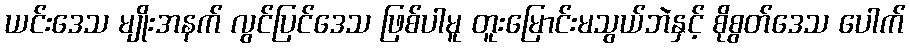
ယင်းဒေသ မျိုးအနက် လွင်ပြင်ဒေသ ဖြစ်ပါမူ တူးမြောင်းမသွယ်ဘဲနှင့် စိုစွတ်ဒေသ ပေါက်